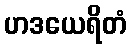
ဟဒယေရိတံ